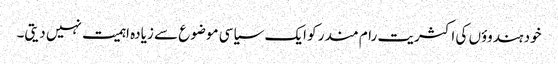
خود ہندوؤں کی اکثریت رام مندر کو ایک سیاسی موضوع سے زیادہ اہمیت نہیں دیتی۔